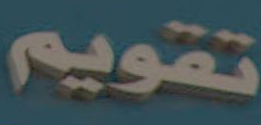
تقويم